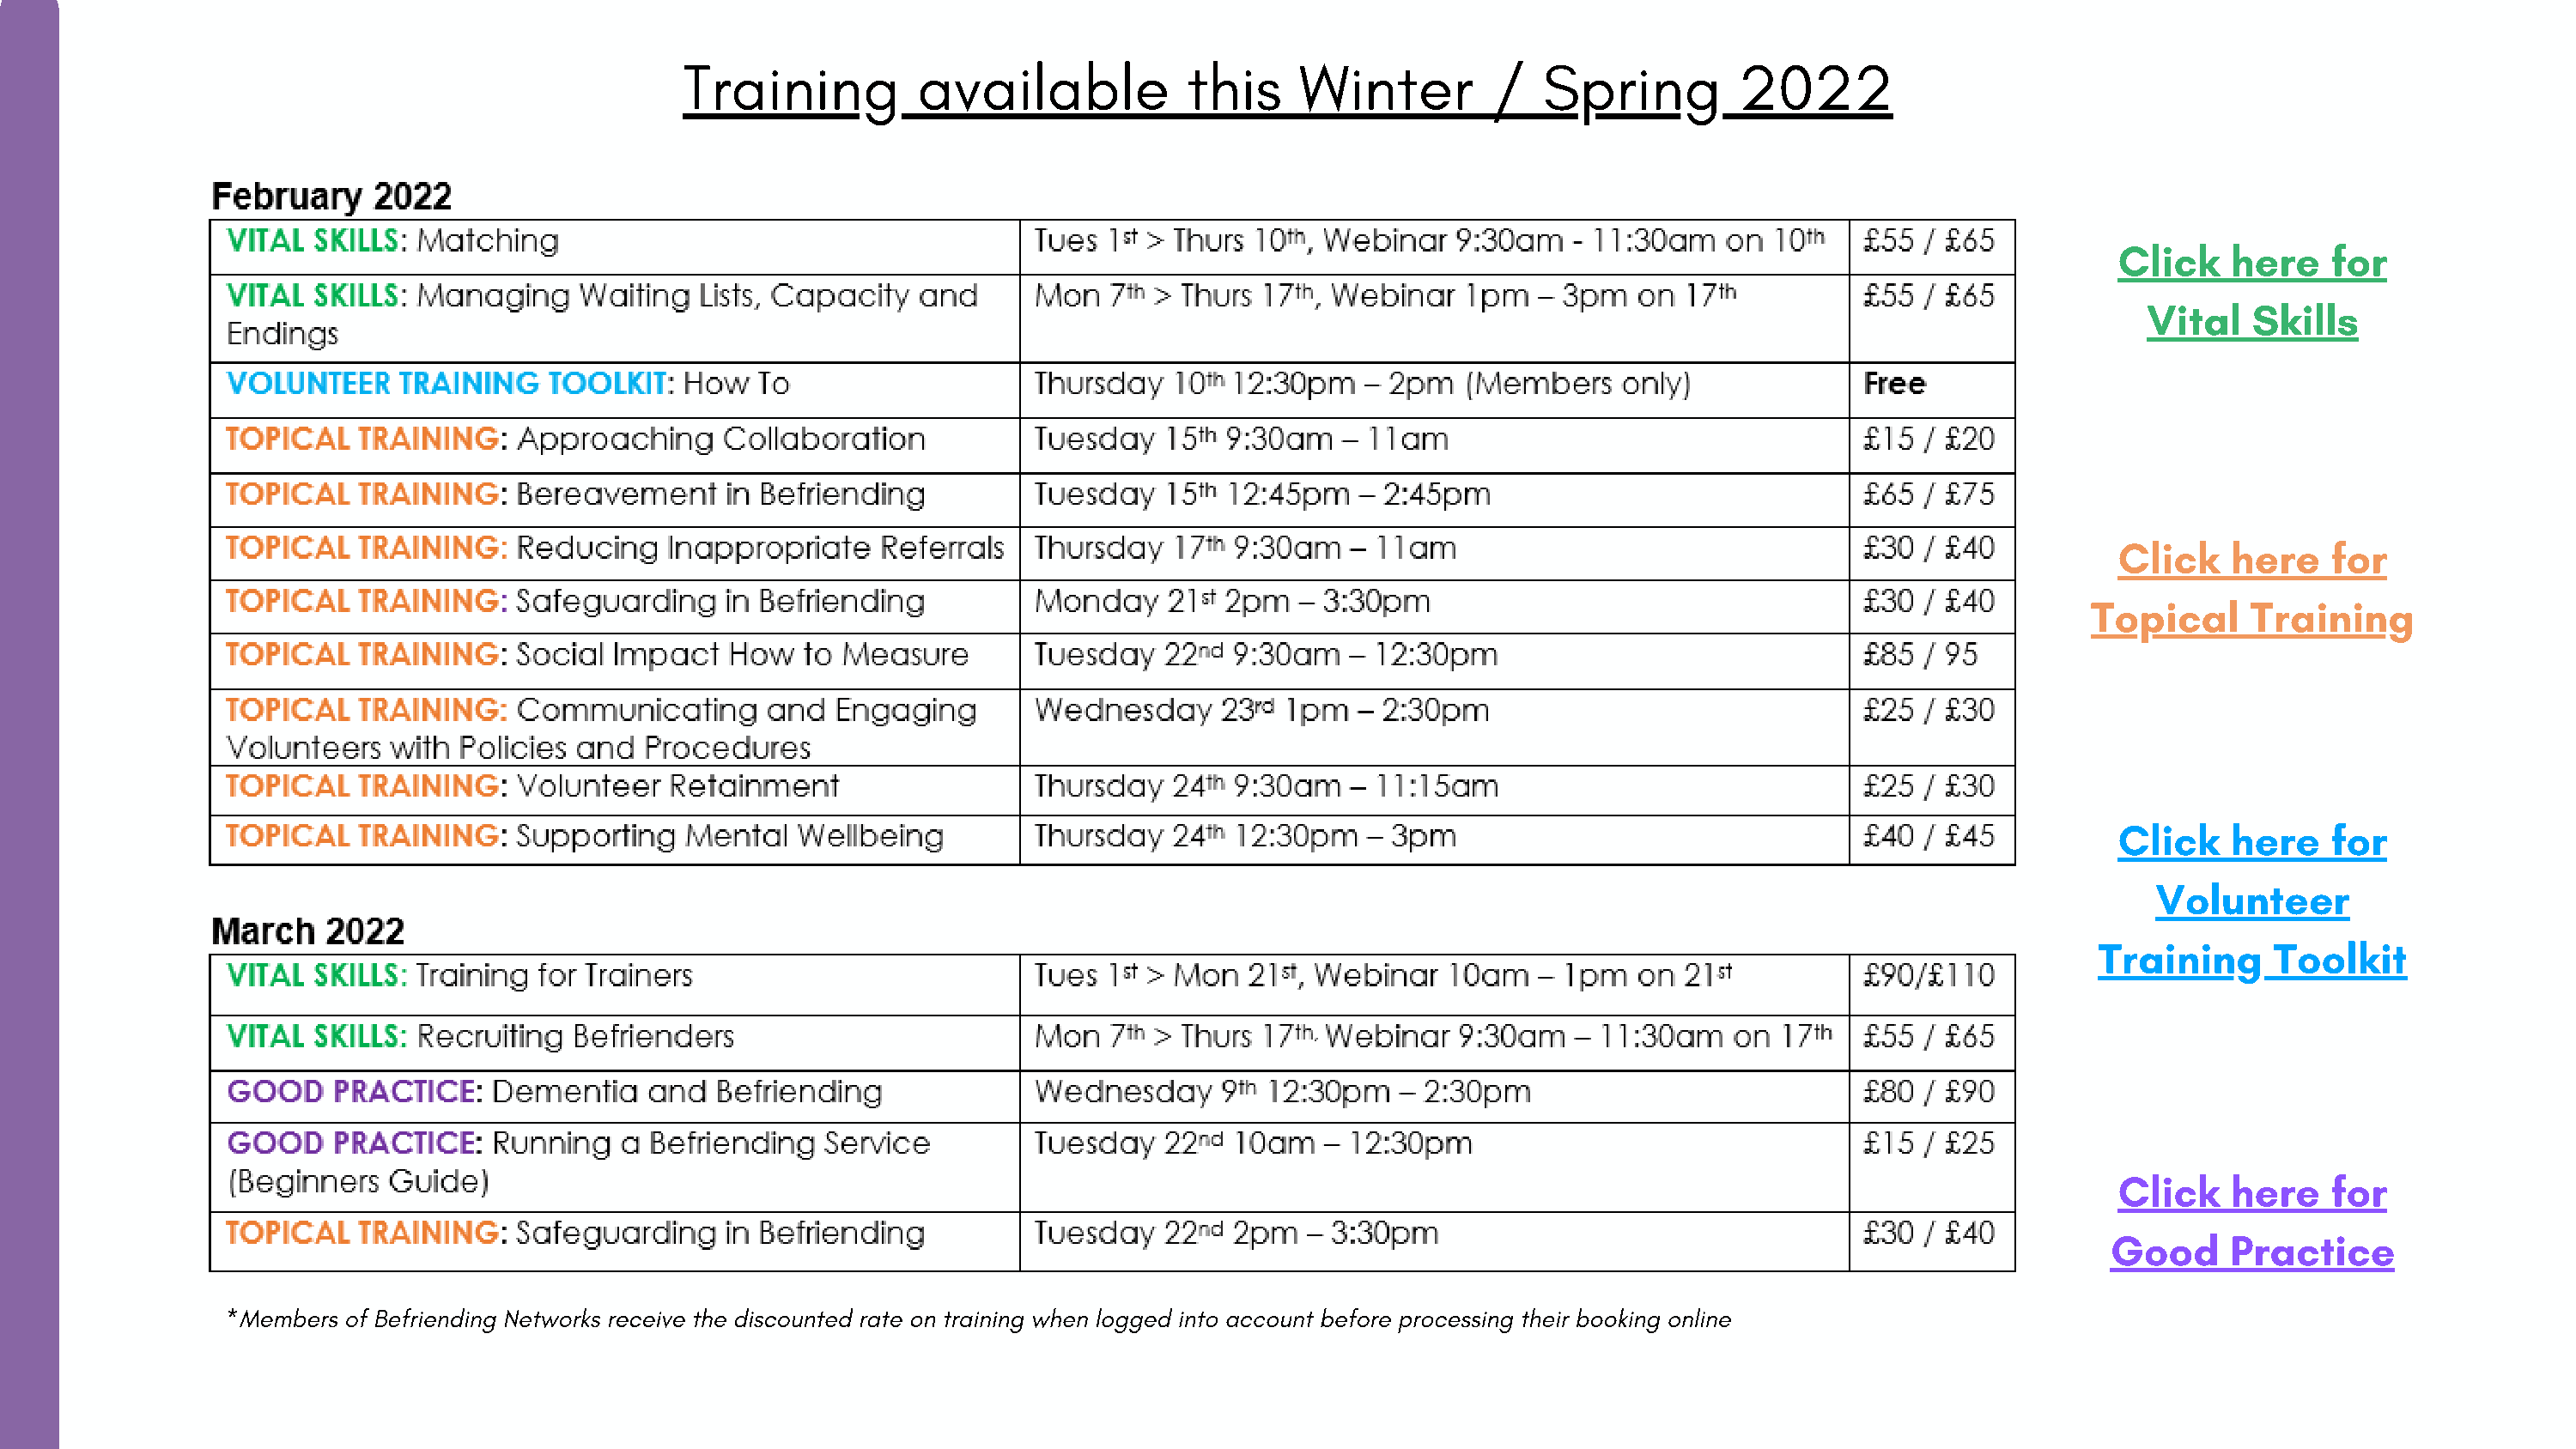
Training          available            this    Winter         /   Spring         2022
 Click    here    for
 Vital   Skills
 Click    here    for
 Topical     Training
 Click    here    for
 Volunteer
 Training     Toolkit
 Click    here    for
 Good     Practice
 *Members  of Befriending Networks receive the discounted rate on training when logged into account before processing their booking online